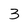
Character: 3